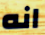
انه